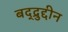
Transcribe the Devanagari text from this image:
बद्द्रुद्दीन